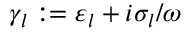
\gamma _ { l } : = \varepsilon _ { l } + i \sigma _ { l } / \omega